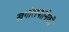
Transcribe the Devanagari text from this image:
खगोलयानिकी